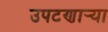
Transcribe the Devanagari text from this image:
उपटणार्‍या